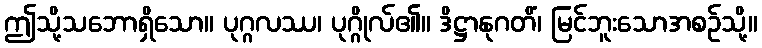
ဤသို့သဘောရှိသော။ ပုဂ္ဂလဿ၊ ပုဂ္ဂိုလ်၏။ ဒိဋ္ဌာနုဂတိံ၊ မြင်ဘူးသောအစဉ်သို့။